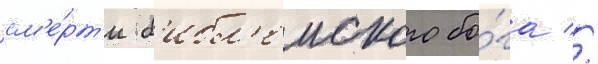
см'е́рт'и б'ибл'еиского бо́га //